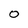
Character: O